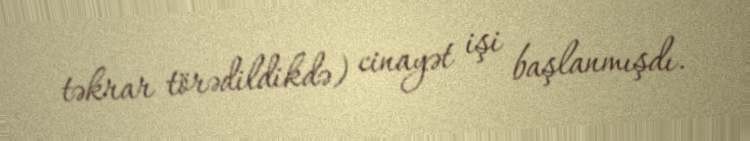
təkrar törədildikdə) cinayət işi başlanmışdı.